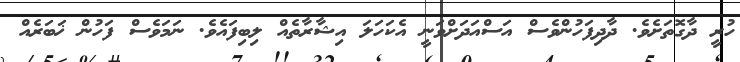
ހުރީ ދާގޮތަށެވެ. ދާދިފަހުންވެސް އަސްއަދަށްވަނީ އެކަހަލަ އިޝާރާތެއް ލިބިފައެވެ. ނަމަވެސް ފަހުން ޚަބަރެއް